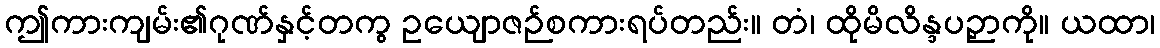
ဤကားကျမ်း၏ဂုဏ်နှင့်တကွ ဥယျောဇဉ်စကားရပ်တည်း။ တံ၊ ထိုမိလိန္ဒပဉှာကို။ ယထာ၊